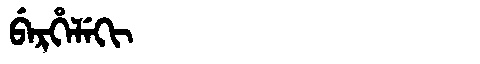
Manchu: ᠪᡝᡵᡥᡝᠯᡝᡴᡳ
Romanization: BERHELEKI